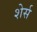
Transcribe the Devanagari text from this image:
शेर्स